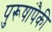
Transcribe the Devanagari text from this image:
पुरूषांपैकी